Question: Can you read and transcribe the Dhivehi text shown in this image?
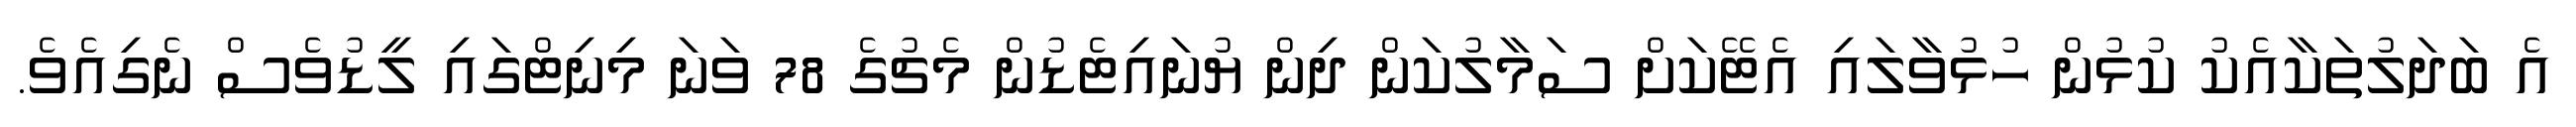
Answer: އެ ބަދަލުތަކާއެކު ކުޅުން ހުޅުވާލައި އެޓޭކަށް ސަމާލުކަން ދިން ޔުނައިޓެޑުން މެޗުގެ 78 ވަނަ މިނިޓްގައި ލީޑުވެސް ނެގިއެވެ.